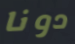
دونا